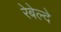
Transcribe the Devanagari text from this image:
रेबेल्दे